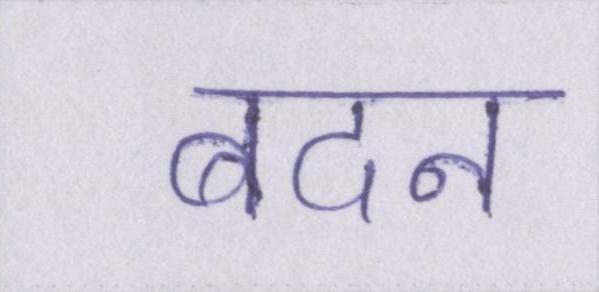
बदन